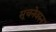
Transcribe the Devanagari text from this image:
सूचनेवरुन